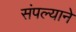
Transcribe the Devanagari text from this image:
संपल्‍याने